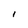
Character: I